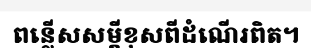
ពន្លើសសម្តីខុសពីដំណើរពិត។